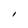
Character: I